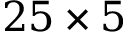
2 5 \times 5